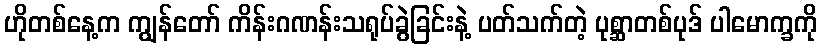
ဟိုတစ်နေ့က ကျွန်တော် ကိန်းဂဏန်းသရုပ်ခွဲခြင်းနဲ့ ပတ်သက်တဲ့ ပုစ္ဆာတစ်ပုဒ် ပါမောက္ခကို